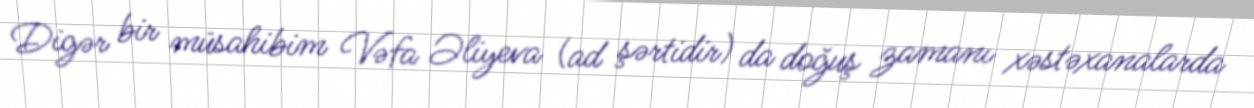
Digər bir müsahibim Vəfa Əliyeva (ad şərtidir) da doğuş zamanı xəstəxanalarda